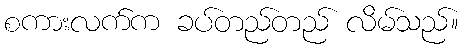
စကားလက်က ခပ်တည်တည် လိမ်သည်။